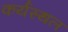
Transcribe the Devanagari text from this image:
कर्यस्थल